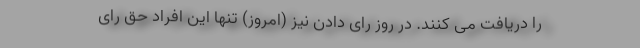
را دریافت می کنند. در روز رای دادن نیز (امروز) تنها این افراد حق رای